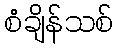
စံချိန်သစ်